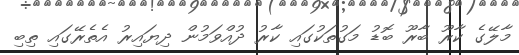
މާލޭގެ ކާރޫ ބާރޫ ބޮޑު މަގުތަކުގައި ކާރު ދުއްވަމުން ދިޔައިރު އެތެރޭގައި ތިބި